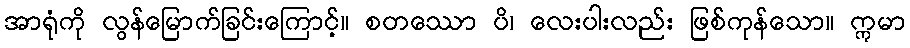
အာရုံကို လွန်မြောက်ခြင်းကြောင့်။ စတဿော ပိ၊ လေးပါးလည်း ဖြစ်ကုန်သော။ ဣမာ